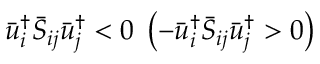
\bar { u } _ { i } ^ { \dag } { { \bar { S } } _ { i j } } \bar { u } _ { j } ^ { \dag } < 0 \; \left( { - \bar { u } _ { i } ^ { \dag } { { \bar { S } } _ { i j } } \bar { u } _ { j } ^ { \dag } > 0 } \right)